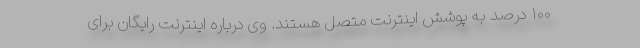
۱۰۰ درصد به پوشش اینترنت متصل هستند. وی درباره اینترنت رایگان برای